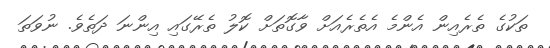
ތަކުގެ ތެރެއިން އެންމެ އެތެރެއަށް ވާގޮތަށް ކޮލު ތެރޭގައި އިންނަ ދަތެވެ. ނުވަތަ